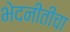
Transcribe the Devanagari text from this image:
भेदनीतीचा